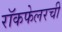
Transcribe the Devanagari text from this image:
रॉकफेलरची